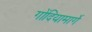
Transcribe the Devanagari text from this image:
गोंदियामार्गे